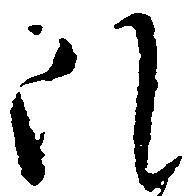
ほ